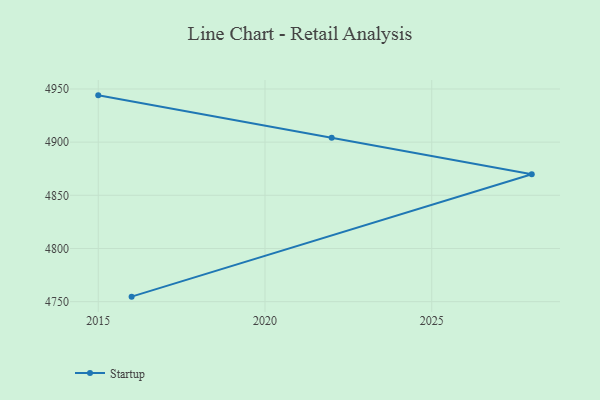
{"axis": {"x": "Year", "y": "Revenue (USD Million)"}, "legend": ["Startup"], "data": [{"x": "2015", "y": 4944.0, "type": "Startup"}, {"x": "2022", "y": 4904.1, "type": "Startup"}, {"x": "2028", "y": 4869.8, "type": "Startup"}, {"x": "2016", "y": 4754.7, "type": "Startup"}]}